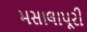
મસાલાપૂરી